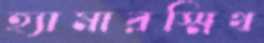
হ্যামারস্মিথ